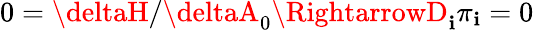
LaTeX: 0=\deltaH/\deltaA_{0}\RightarrowD_{\mathbf{i}}\pi_{\mathbf{i}}=0